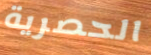
الحصرية